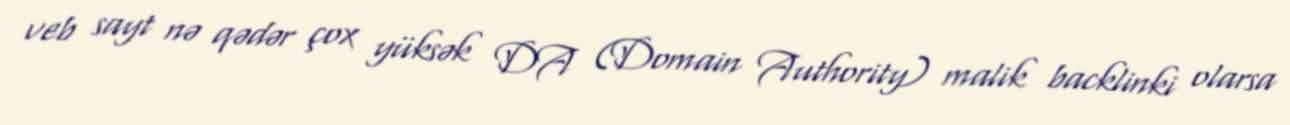
veb sayt nə qədər çox yüksək DA (Domain Authority) malik backlinki olarsa